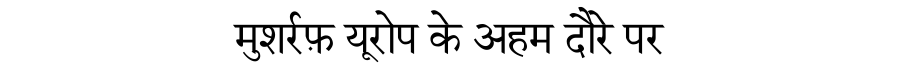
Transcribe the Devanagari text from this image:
मुशर्रफ़ यूरोप के अहम दौरे पर